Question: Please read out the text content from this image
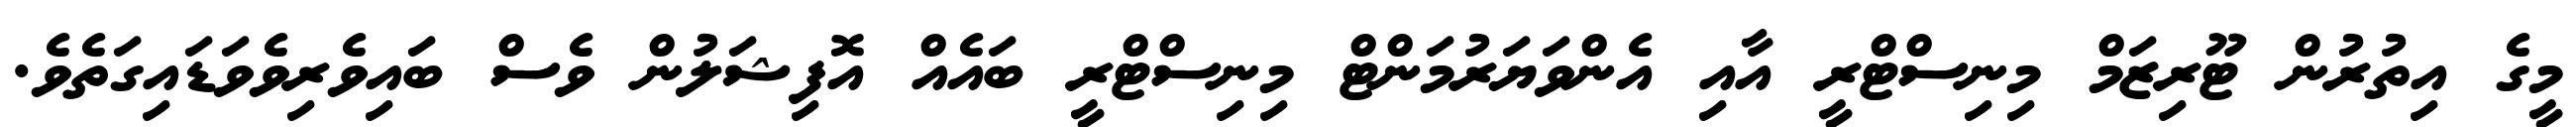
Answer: މީގެ އިތުރުން ޓޫރިޒަމް މިނިސްޓްރީ އާއި އެންވަޔަރުމަންޓް މިނިސްޓްރީ ބައެއް އޮފިޝަލުން ވެސް ބައިވެރިވެވަޑައިގަތެވެ.